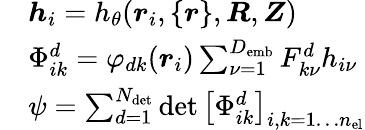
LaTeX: \begin{array}{rl}&{{\boldsymbol{h}}_{i}=h_{\theta}({\boldsymbol{r}}_{i},\lbrace{\boldsymbol{r}}\rbrace,{\boldsymbol{R}},{\boldsymbol{Z}})}\\ &{\Phi_{ik}^{d}=\varphi_{dk}({\boldsymbol{r}}_{i})\sum_{\nu=1}^{D_{\mathrm{emb}}}F_{k\nu}^{d}h_{i\nu}}\\ &{\psi=\sum_{d=1}^{N_{\mathrm{det}}}\operatorname*{det}\left[\Phi_{ik}^{d}\right]_{i,k=1\dots{n_{\mathrm{el}}}}}\end{array}